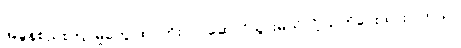
အခွန်စည်းကြပ်မှုတွေ ထပ်တိုးလုပ်ဆောင်သွားမယ်လို့ သတိပေးထားပါတယ်။